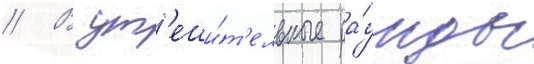
// В ут'еши́т'ельные ра́унды